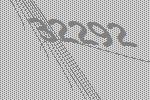
32292